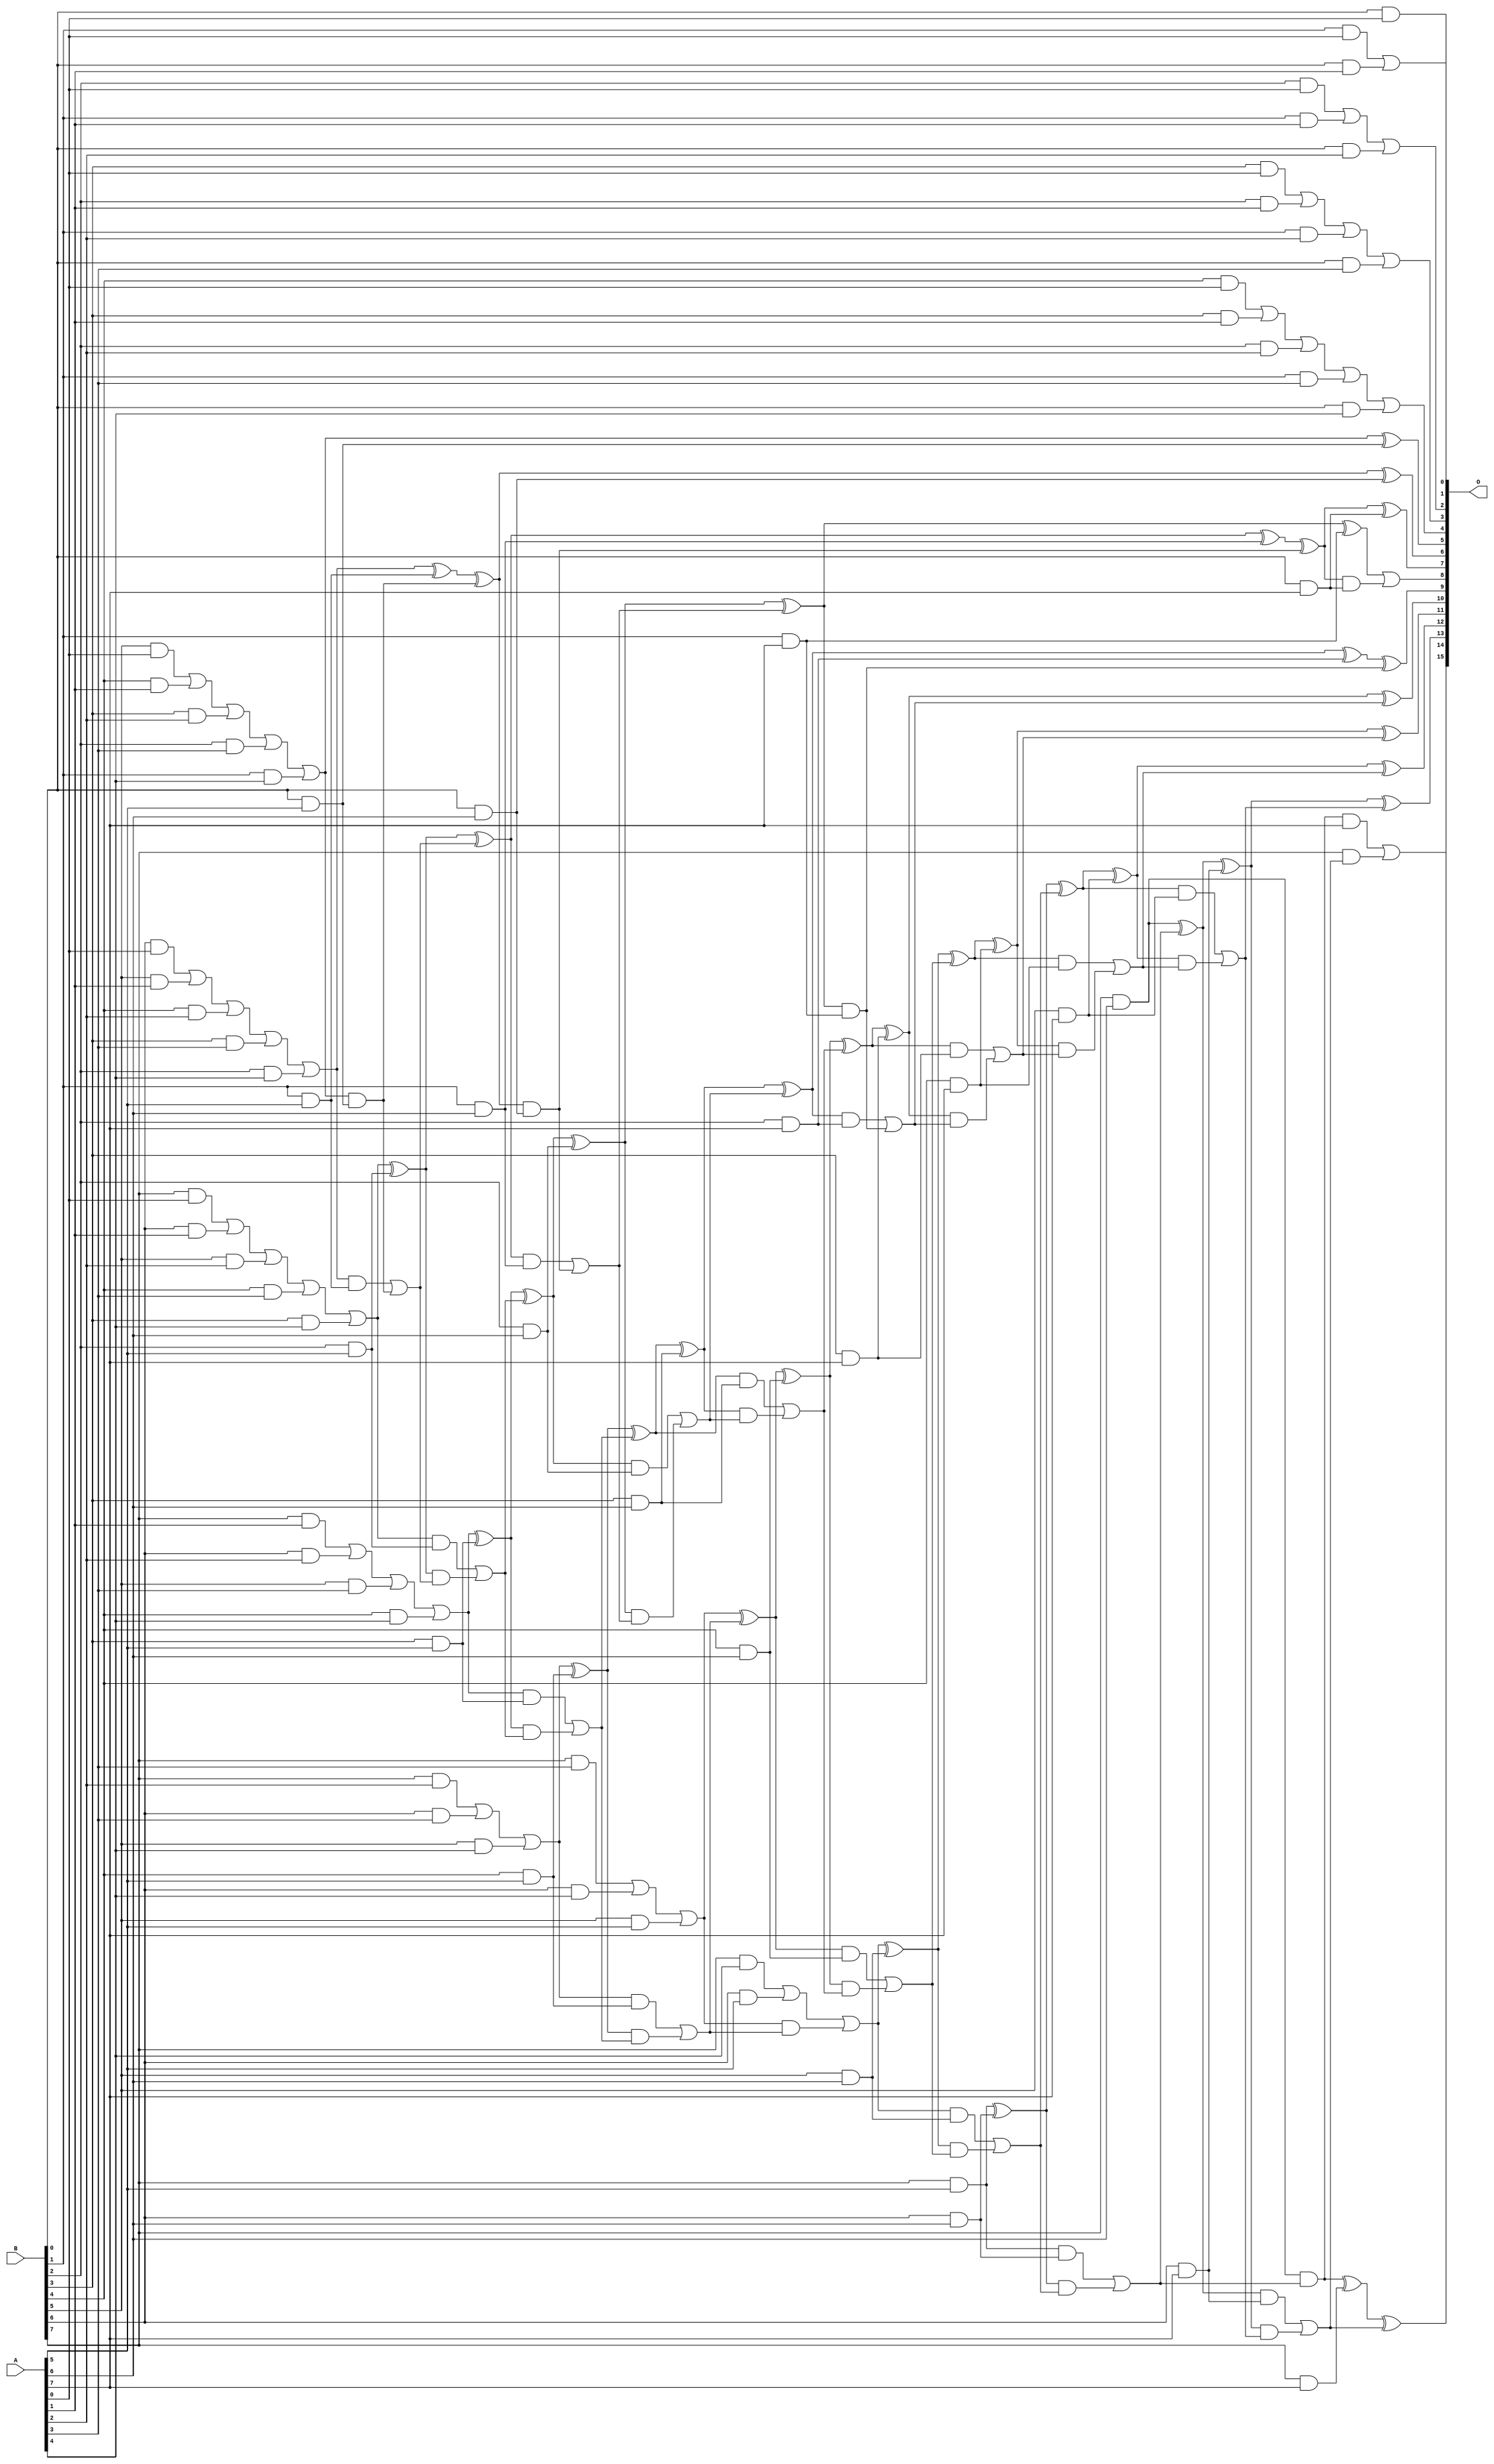
/***
* This code is a part of EvoApproxLib library (ehw.fit.vutbr.cz/approxlib) distributed under The MIT License.
* When used, please cite the following article(s): V. Mrazek, R. Hrbacek, Z. Vasicek and L. Sekanina, "EvoApprox8b: Library of approximate adders and multipliers for circuit design and benchmarking of approximation methods". Design, Automation & Test in Europe Conference & Exhibition (DATE), 2017, Lausanne, 2017, pp. 258-261. doi: 10.23919/DATE.2017.7926993 
* This file contains a circuit from a sub-set of pareto optimal circuits with respect to the pwr and ep parameters
***/
// MAE% = 1.54 %
// MAE = 1011 
// WCE% = 13.92 %
// WCE = 9124 
// WCRE% = 152.38 %
// EP% = 74.91 %
// MRE% = 7.46 %
// MSE = 36892.825e2 
// PDK45_PWR = 0.189 mW
// PDK45_AREA = 437.4 um2
// PDK45_DELAY = 1.48 ns

module mul8u_L40 (
    A,
    B,
    O
);

input [7:0] A;
input [7:0] B;
output [15:0] O;

wire sig_16,sig_17,sig_18,sig_19,sig_20,sig_21,sig_22,sig_23,sig_24,sig_25,sig_26,sig_27,sig_28,sig_29,sig_30,sig_31,sig_32,sig_37,sig_39,sig_44;
wire sig_49,sig_54,sig_59,sig_66,sig_67,sig_68,sig_69,sig_70,sig_71,sig_72,sig_73,sig_74,sig_76,sig_81,sig_86,sig_91,sig_96,sig_101,sig_111,sig_112;
wire sig_113,sig_114,sig_115,sig_116,sig_117,sig_118,sig_119,sig_121,sig_126,sig_131,sig_136,sig_141,sig_146,sig_156,sig_157,sig_158,sig_159,sig_160,sig_161,sig_162;
wire sig_163,sig_164,sig_166,sig_171,sig_176,sig_181,sig_186,sig_194,sig_201,sig_202,sig_203,sig_204,sig_205,sig_206,sig_207,sig_208,sig_209,sig_210,sig_211,sig_212;
wire sig_214,sig_215,sig_216,sig_217,sig_218,sig_219,sig_220,sig_221,sig_222,sig_223,sig_224,sig_225,sig_226,sig_227,sig_228,sig_229,sig_230,sig_231,sig_233,sig_234;
wire sig_236,sig_239,sig_246,sig_247,sig_248,sig_249,sig_250,sig_251,sig_252,sig_253,sig_254,sig_255,sig_256,sig_257,sig_259,sig_260,sig_261,sig_262,sig_263,sig_264;
wire sig_265,sig_266,sig_267,sig_268,sig_269,sig_270,sig_271,sig_272,sig_273,sig_274,sig_275,sig_276,sig_277,sig_278,sig_279,sig_280,sig_281,sig_282,sig_283,sig_284;
wire sig_285,sig_288,sig_289,sig_291,sig_292,sig_293,sig_294,sig_295,sig_296,sig_297,sig_298,sig_299,sig_300,sig_301,sig_302,sig_304,sig_306,sig_307,sig_309,sig_310;
wire sig_311,sig_312,sig_313,sig_314,sig_315,sig_316,sig_317,sig_318,sig_319,sig_320,sig_321,sig_322,sig_323,sig_324,sig_325,sig_326,sig_327,sig_328,sig_329,sig_330;
wire sig_331,sig_332,sig_333,sig_334,sig_335;

assign sig_16 = B[0] & A[0];
assign sig_17 = B[1] & A[0];
assign sig_18 = B[2] & A[0];
assign sig_19 = B[3] & A[0];
assign sig_20 = B[4] & A[0];
assign sig_21 = B[5] & A[0];
assign sig_22 = B[6] & A[0];
assign sig_23 = B[7] & A[0];
assign sig_24 = B[0] & A[1];
assign sig_25 = B[1] & A[1];
assign sig_26 = B[2] & A[1];
assign sig_27 = B[3] & A[1];
assign sig_28 = B[4] & A[1];
assign sig_29 = B[5] & A[1];
assign sig_30 = B[6] & A[1];
assign sig_31 = B[7] & A[1];
assign sig_32 = sig_17 | sig_24;
assign sig_37 = sig_18 | sig_25;
assign sig_39 = sig_19 | sig_26;
assign sig_44 = sig_20 | sig_27;
assign sig_49 = sig_21 | sig_28;
assign sig_54 = sig_22 | sig_29;
assign sig_59 = sig_23 | sig_30;
assign sig_66 = B[0] & A[2];
assign sig_67 = B[1] & A[2];
assign sig_68 = B[2] & A[2];
assign sig_69 = B[3] & A[2];
assign sig_70 = B[4] & A[2];
assign sig_71 = B[5] & A[2];
assign sig_72 = B[6] & A[2];
assign sig_73 = B[7] & A[2];
assign sig_74 = sig_37 | sig_66;
assign sig_76 = sig_39 | sig_67;
assign sig_81 = sig_44 | sig_68;
assign sig_86 = sig_49 | sig_69;
assign sig_91 = sig_54 | sig_70;
assign sig_96 = sig_59 | sig_71;
assign sig_101 = sig_31 | sig_72;
assign sig_111 = B[0] & A[3];
assign sig_112 = B[1] & A[3];
assign sig_113 = B[2] & A[3];
assign sig_114 = B[3] & A[3];
assign sig_115 = B[4] & A[3];
assign sig_116 = B[5] & A[3];
assign sig_117 = B[6] & A[3];
assign sig_118 = B[7] & A[3];
assign sig_119 = sig_76 | sig_111;
assign sig_121 = sig_81 | sig_112;
assign sig_126 = sig_86 | sig_113;
assign sig_131 = sig_91 | sig_114;
assign sig_136 = sig_96 | sig_115;
assign sig_141 = sig_101 | sig_116;
assign sig_146 = sig_73 | sig_117;
assign sig_156 = B[0] & A[4];
assign sig_157 = B[1] & A[4];
assign sig_158 = B[2] & A[4];
assign sig_159 = B[3] & A[4];
assign sig_160 = B[4] & A[4];
assign sig_161 = B[5] & A[4];
assign sig_162 = B[6] & A[4];
assign sig_163 = B[7] & A[4];
assign sig_164 = sig_121 | sig_156;
assign sig_166 = sig_126 | sig_157;
assign sig_171 = sig_131 | sig_158;
assign sig_176 = sig_136 | sig_159;
assign sig_181 = sig_141 | sig_160;
assign sig_186 = sig_146 | sig_161;
assign sig_194 = sig_118 | sig_162;
assign sig_201 = B[0] & A[5];
assign sig_202 = B[1] & A[5];
assign sig_203 = B[2] & A[5];
assign sig_204 = B[3] & A[5];
assign sig_205 = B[4] & A[5];
assign sig_206 = B[5] & A[5];
assign sig_207 = B[6] & A[5];
assign sig_208 = B[7] & A[5];
assign sig_209 = sig_166 ^ sig_201;
assign sig_210 = sig_166 & sig_201;
assign sig_211 = sig_171 ^ sig_202;
assign sig_212 = sig_171 & sig_202;
assign sig_214 = sig_211 ^ sig_210;
assign sig_215 = sig_212 | sig_210;
assign sig_216 = sig_176 ^ sig_203;
assign sig_217 = sig_176 & sig_203;
assign sig_218 = sig_216 & sig_215;
assign sig_219 = sig_216 ^ sig_215;
assign sig_220 = sig_217 | sig_218;
assign sig_221 = sig_181 ^ sig_204;
assign sig_222 = sig_181 & sig_204;
assign sig_223 = sig_221 & sig_220;
assign sig_224 = sig_221 ^ sig_220;
assign sig_225 = sig_222 | sig_223;
assign sig_226 = sig_186 ^ sig_205;
assign sig_227 = sig_186 & sig_205;
assign sig_228 = sig_226 & sig_225;
assign sig_229 = sig_226 ^ sig_225;
assign sig_230 = sig_227 | sig_228;
assign sig_231 = sig_194 | sig_206;
assign sig_233 = sig_231 & sig_230;
assign sig_234 = sig_231 ^ sig_230;
assign sig_236 = sig_163 | sig_207;
assign sig_239 = sig_236 | sig_233;
assign sig_246 = B[0] & A[6];
assign sig_247 = B[1] & A[6];
assign sig_248 = B[2] & A[6];
assign sig_249 = B[3] & A[6];
assign sig_250 = B[4] & A[6];
assign sig_251 = B[5] & A[6];
assign sig_252 = B[6] & A[6];
assign sig_253 = B[7] & A[6];
assign sig_254 = sig_214 ^ sig_246;
assign sig_255 = sig_214 & sig_246;
assign sig_256 = sig_219 ^ sig_247;
assign sig_257 = sig_219 & sig_247;
assign sig_259 = sig_256 ^ sig_255;
assign sig_260 = sig_257 | sig_255;
assign sig_261 = sig_224 ^ sig_248;
assign sig_262 = sig_224 & sig_248;
assign sig_263 = sig_261 & sig_260;
assign sig_264 = sig_261 ^ sig_260;
assign sig_265 = sig_262 | sig_263;
assign sig_266 = sig_229 ^ sig_249;
assign sig_267 = sig_229 & sig_249;
assign sig_268 = sig_266 & sig_265;
assign sig_269 = sig_266 ^ sig_265;
assign sig_270 = sig_267 | sig_268;
assign sig_271 = sig_234 ^ sig_250;
assign sig_272 = sig_234 & sig_250;
assign sig_273 = sig_271 & sig_270;
assign sig_274 = sig_271 ^ sig_270;
assign sig_275 = sig_272 | sig_273;
assign sig_276 = sig_239 ^ sig_251;
assign sig_277 = sig_239 & sig_251;
assign sig_278 = sig_276 & sig_275;
assign sig_279 = sig_276 ^ sig_275;
assign sig_280 = sig_277 | sig_278;
assign sig_281 = sig_208 ^ sig_252;
assign sig_282 = sig_208 & sig_252;
assign sig_283 = sig_281 & sig_280;
assign sig_284 = sig_281 ^ sig_280;
assign sig_285 = sig_282 | sig_283;
assign sig_288 = sig_253 & sig_285;
assign sig_289 = sig_253 ^ sig_285;
assign sig_291 = B[0] & A[7];
assign sig_292 = B[1] & A[7];
assign sig_293 = B[2] & A[7];
assign sig_294 = B[3] & A[7];
assign sig_295 = B[4] & A[7];
assign sig_296 = B[5] & A[7];
assign sig_297 = B[6] & A[7];
assign sig_298 = B[7] & A[7];
assign sig_299 = sig_259 ^ sig_291;
assign sig_300 = sig_259 & sig_291;
assign sig_301 = sig_264 ^ sig_292;
assign sig_302 = sig_264 & sig_292;
assign sig_304 = sig_301 | sig_300;
assign sig_306 = sig_269 ^ sig_293;
assign sig_307 = sig_269 & sig_293;
assign sig_309 = sig_306 ^ sig_302;
assign sig_310 = sig_307 | sig_302;
assign sig_311 = sig_274 ^ sig_294;
assign sig_312 = sig_274 & sig_294;
assign sig_313 = sig_311 & sig_310;
assign sig_314 = sig_311 ^ sig_310;
assign sig_315 = sig_312 | sig_313;
assign sig_316 = sig_279 ^ sig_295;
assign sig_317 = sig_279 & sig_295;
assign sig_318 = sig_316 & sig_315;
assign sig_319 = sig_316 ^ sig_315;
assign sig_320 = sig_317 | sig_318;
assign sig_321 = sig_284 ^ sig_296;
assign sig_322 = sig_284 & sig_296;
assign sig_323 = sig_321 & sig_320;
assign sig_324 = sig_321 ^ sig_320;
assign sig_325 = sig_322 | sig_323;
assign sig_326 = sig_289 ^ sig_297;
assign sig_327 = sig_289 & sig_297;
assign sig_328 = sig_326 & sig_325;
assign sig_329 = sig_326 ^ sig_325;
assign sig_330 = sig_327 | sig_328;
assign sig_331 = sig_288 ^ sig_298;
assign sig_332 = sig_288 & A[7];
assign sig_333 = B[7] & sig_330;
assign sig_334 = sig_331 ^ sig_330;
assign sig_335 = sig_332 | sig_333;

assign O[15] = sig_335;
assign O[14] = sig_334;
assign O[13] = sig_329;
assign O[12] = sig_324;
assign O[11] = sig_319;
assign O[10] = sig_314;
assign O[9] = sig_309;
assign O[8] = sig_304;
assign O[7] = sig_299;
assign O[6] = sig_254;
assign O[5] = sig_209;
assign O[4] = sig_164;
assign O[3] = sig_119;
assign O[2] = sig_74;
assign O[1] = sig_32;
assign O[0] = sig_16;

endmodule